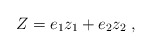
\begin{align*} Z=e_1z_1+e_2z_2 \;,\end{align*}